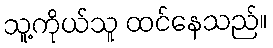
သူ့ကိုယ်သူ ထင်နေသည်။